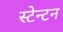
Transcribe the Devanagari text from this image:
स्टेन्टन